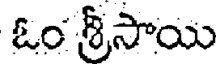
ఓం శ్రీసాయి